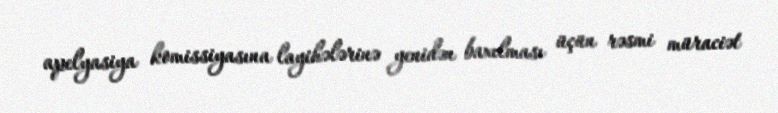
apelyasiya komissiyasına layihələrinə yenidən baxılması üçün rəsmi müraciət